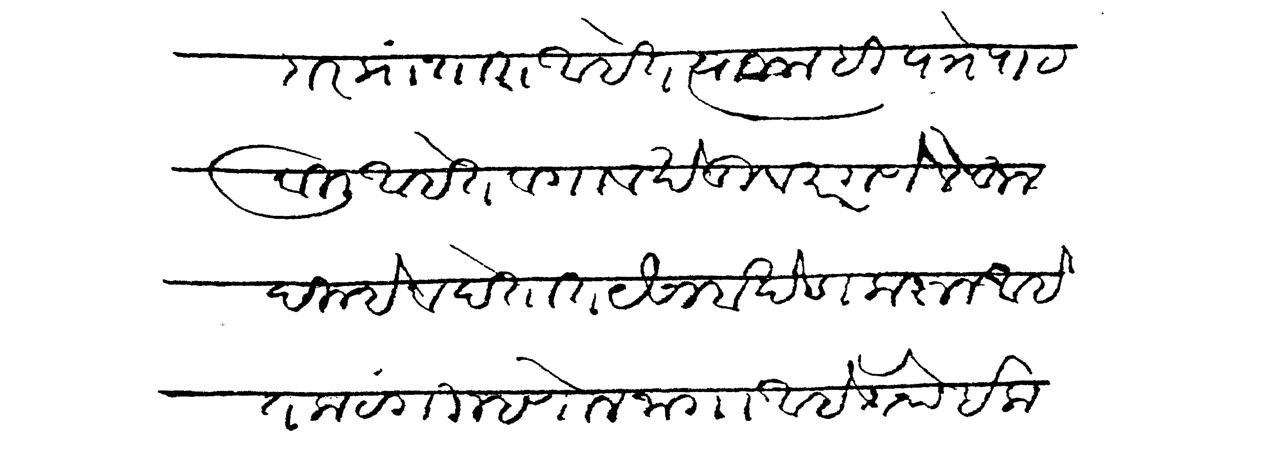
Transliteration (Devanagari): दार प्रांतात आहेत त्याजलाहि पत्र पाठविली आहेत व गाव खेडी व परगणे लिहून दिल्हे व देतात यैसा बखेडा करून आहेस कटंगी म्हणोन जागा आहे तेथे इक